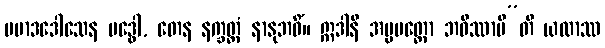
ပမာဒဒေါသေန ဗဒ္ဓေါ, တေန နက္ခတ္တံ နာနုဘဝိံ။ ဣဒါနိ အပ္ပမတ္တော ဘဝိဿာမီ”တိ ယထာဿ